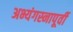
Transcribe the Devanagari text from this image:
अभ्यंगस्नापूर्वी